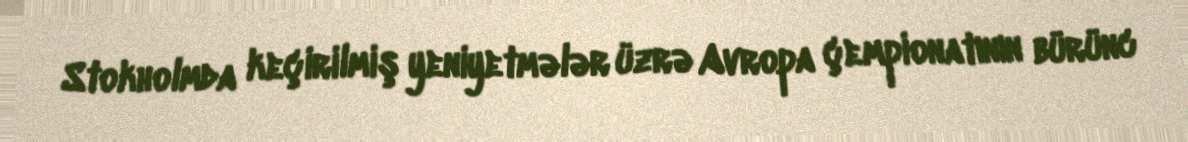
Stokholmda keçirilmiş yeniyetmələr üzrə Avropa çempionatının bürünc